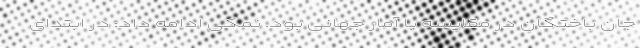
جان باختگان در مقایسه با آمار جهانی بود. نمکی ادامه داد: در ابتدای